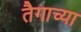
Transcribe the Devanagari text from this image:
तैगाच्या